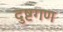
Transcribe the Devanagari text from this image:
दुष्टगण